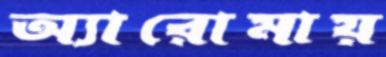
অ্যারোমায়